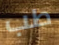
طب